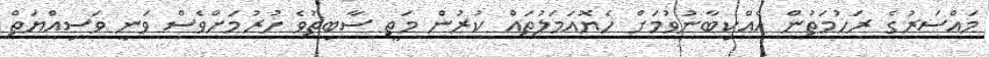
މައްސަރުގެ ރަހުމަތުން އެއްކިބާނުވުމަށް ހެޔޮއަމަލުތައް ކުރުން މަތީ ސާބިތުވެ ހުރުމަށްވެސް ވަނީ ވަސިއްޔަތް